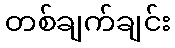
တစ်ချက်ချင်း